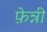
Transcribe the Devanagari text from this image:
फ़ेन्नी